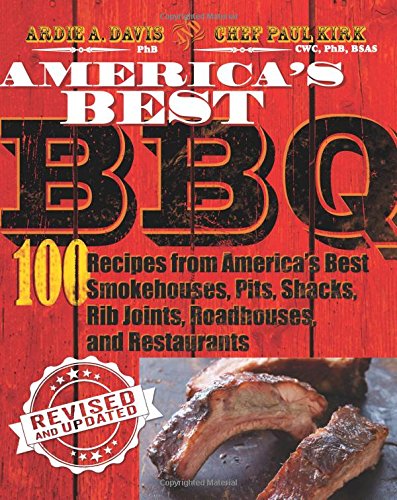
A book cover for America's Best BBQ (revised edition); Ardie A. Davis; Cookbooks, Food & Wine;